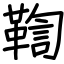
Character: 鞫